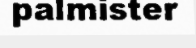
palmister